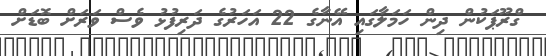
ގްރޫޕަކުން ދިން ހަމަލާގައި އޭނާގެ 22 އަހަރުގެ ދަރިފުޅު ވެސް ވަރަށް ބޮޑަށް